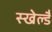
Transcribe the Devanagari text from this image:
स्खेल्डै